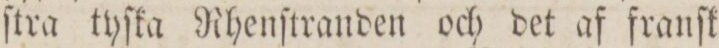
ſtra tyſka Rhenſtranden och det af franſk